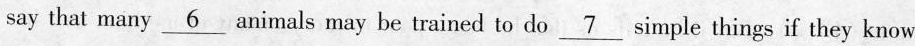
say that many\underline{6} animals may be trained to do \underline{7} simple things if they know